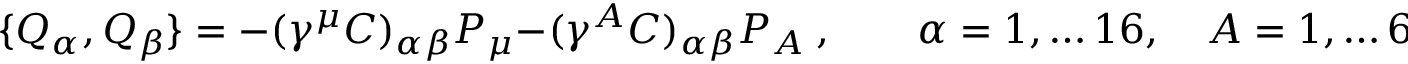
\{ Q _ { \alpha } , Q _ { \beta } \} = - ( \gamma ^ { \mu } C ) _ { \alpha \beta } P _ { \mu } - ( \gamma ^ { A } C ) _ { \alpha \beta } P _ { A } \ , \qquad \alpha = 1 , \dots 1 6 , \quad A = 1 , \dots 6 ,